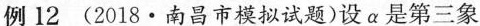
例12(2018 · 南昌市模拟试题)设α是第三象